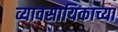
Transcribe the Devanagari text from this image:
व्यावसायिकाच्या